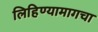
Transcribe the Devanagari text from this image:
लिहिण्यामागचा